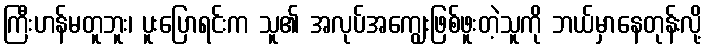
ကြီးဟန်မတူဘူး၊ ပူးပြောရင်းက သူ၏ အလုပ်အကျွေးဖြစ်ဖူးတဲ့သူကို ဘယ်မှာနေတုန်းလို့